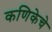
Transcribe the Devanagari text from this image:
कणिकेचे